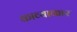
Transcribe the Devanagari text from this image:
काव्याकार